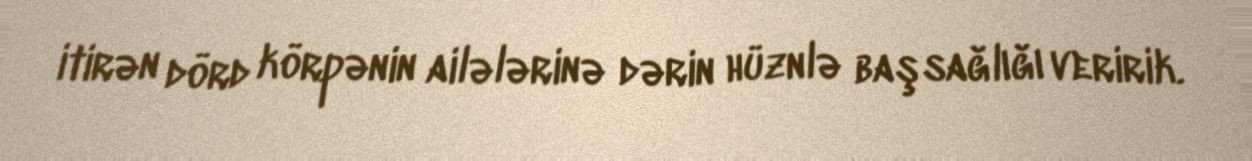
itirən dörd körpənin ailələrinə dərin hüznlə başsağlığı veririk.